Annual administration report of the Civil Veterinary Department of India - 1897-1898
Year: 1897
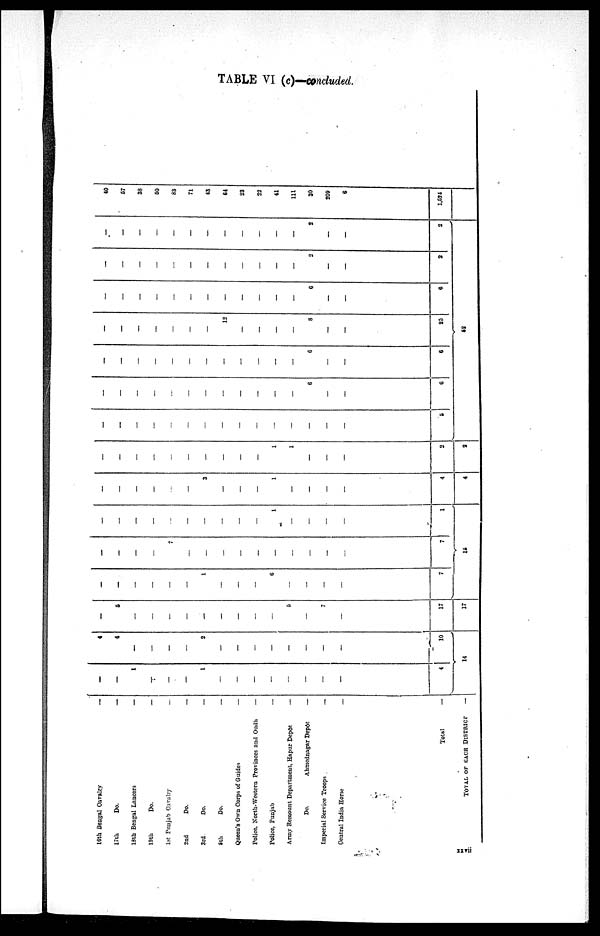
TABLE VI (c)—conduded.
16th Bengal Oavalry
17th
Do.
18th Bengal Lancers
19th
Do.
1st Punjab Cavalry
2nd
Do.
3rd
Do.
5th
Do.
Queen's Own Corps of Guides
Police, North—Western Provinces and Oudu
Police, Punjab
Army Remount Department, Hapur Depôt
Do.
Ahmednagar Depôt
Imperial Service Troops
Central India Horse
Total
TOTAL OF EACH DISTRICT
—
—
—
—
—
—
—
—
—
—
—
—
—
—
—
—
—
—
—
1
—
—
—
1
—
—
—
—
—
—
—
—
4
4
4
—
—
—
—
2
—
—
—
—
—
—
—
—
10
14
—
5
—
—
—
—
—
—
—
—
—
5
—
7
—
17
17
—
—
—
—
—
—
1
—
—
—
6
—
—
—
—
7
—
—
—
—
7
—
—
—
—
—
—
—
—
—
—
7
—
—
—
—
—
—
—
—
—
—
1
—
—
—
—
1
18
—
—
—
—
—
—
3
—
—
—
1
—
—
—
—
4
4
—
—
—
—
—
—
—
—
—
—
1
1
—
—
—
2
2
—
—
—
—
—
—
—
—
—
—
—
—
—
—
—
5
—
—
—
—
—
—
—
—
—
—
—
—
6
—
—
6
—
—
—
—
—
—
—
—
—
—
—
—
6
—
—
6
—
—
—
—
—
—
—
12
—
—
—
—
8
—
—
25
—
—
—
—
—
—
—
—
—
—
—
—
6
—
—
6
—
—
—
—
—
—
—
—
—
—
—
—
2
—
—
2
—
—
—
—
—
—
—
—
—
—
—
—
2
—
—
2
52
40
67
33
50
83
71
43
64
23
22
41
111
30
209
6
1,524
xxvii